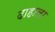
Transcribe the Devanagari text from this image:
दाहाला